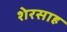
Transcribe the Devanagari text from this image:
शेरसाह